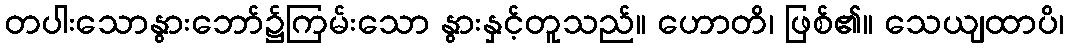
တပါးသောနွားဘော်၌ကြမ်းသော နွားနှင့်တူသည်။ ဟောတိ၊ ဖြစ်၏။ သေယျထာပိ၊